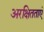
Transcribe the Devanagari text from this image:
अरक्षितताएं